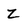
Character: z